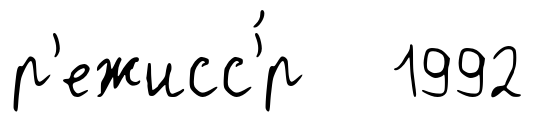
р'ежисс'́р 1992